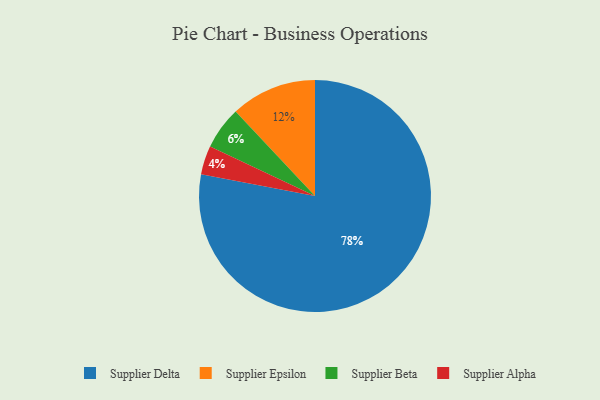
{"axis": {"x": "Category", "y": "Percentage"}, "legend": ["Supplier Alpha", "Supplier Beta", "Supplier Delta", "Supplier Epsilon"], "data": [{"x": "Supplier Delta", "y": 78, "type": "Supplier Delta"}, {"x": "Supplier Beta", "y": 6, "type": "Supplier Beta"}, {"x": "Supplier Alpha", "y": 4, "type": "Supplier Alpha"}, {"x": "Supplier Epsilon", "y": 12, "type": "Supplier Epsilon"}]}